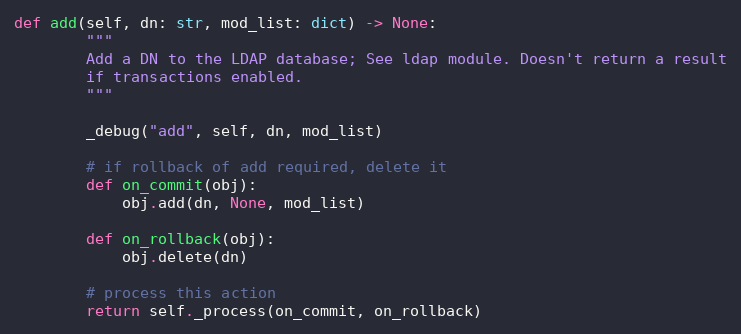
Language: Python
def add(self, dn: str, mod_list: dict) -> None:
        """
        Add a DN to the LDAP database; See ldap module. Doesn't return a result
        if transactions enabled.
        """

        _debug("add", self, dn, mod_list)

        # if rollback of add required, delete it
        def on_commit(obj):
            obj.add(dn, None, mod_list)

        def on_rollback(obj):
            obj.delete(dn)

        # process this action
        return self._process(on_commit, on_rollback)